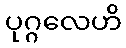
ပုဂ္ဂလေဟိ